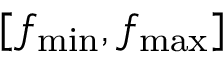
[ f _ { \operatorname* { m i n } } , f _ { \operatorname* { m a x } } ]